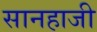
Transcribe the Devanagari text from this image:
सानहाजी